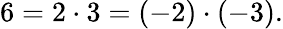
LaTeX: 6=2\cdot 3=(-2)\cdot(-3).